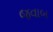
જવાબ